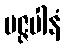
မဇ္ဇပါနံ